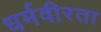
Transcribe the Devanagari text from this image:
धर्मवीरता